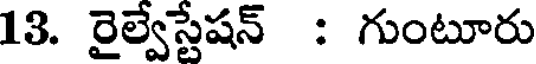
13. రైల్వేస్టేషన్ : గుంటూరు